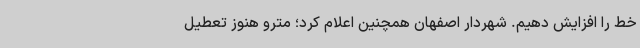
خط را افزایش دهیم. شهردار اصفهان همچنین اعلام کرد؛ مترو هنوز تعطیل